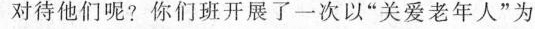
对待他们呢?你们班开展了一次以”关爱老年人”为